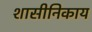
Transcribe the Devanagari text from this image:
शासीनिकाय